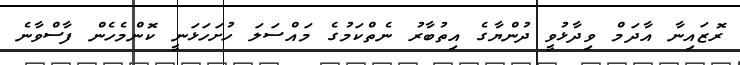
ރޮޒައިނާ އާދަމް ވިދާޅުވީ ދުންޔާގެ އިތުބާރު ނެތްކަމުގެ މައްސަލަ ހުށަހަޅަނީ ކޮންމެހެން ފާސްވާނެ